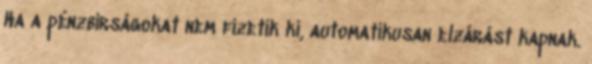
Ha a pénzbírságokat nem fizetik ki, automatikusan elzárást kapnak.